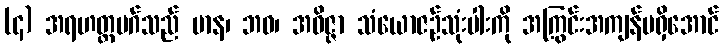
(၄) အရဟတ္တမဂ်သည် မာန၊ ဘဝ၊ အဝိဇ္ဇာ သံယောဇဉ်သုံးပါးကို အကြွင်းအကျန်မရှိအောင်